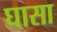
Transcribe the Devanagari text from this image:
घासा